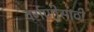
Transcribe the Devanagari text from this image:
वर्गणीसाठी